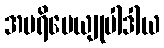
အပရိမေယျုပါဒါယ